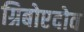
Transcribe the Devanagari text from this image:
ग्रिबोएदोव